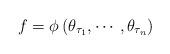
LaTeX: \begin{align*}f=\phi \left( \theta _{\tau _{1}},\cdots ,\theta _{\tau _{n}}\right)\end{align*}